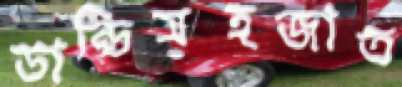
ডান্ডিসহজাত